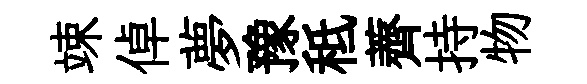
竦倬夢豫秪薺持物